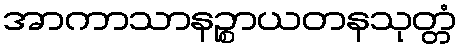
အာကာသာနဉ္စာယတနသုတ္တံ